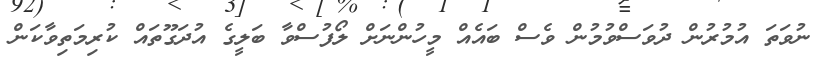
ނުވަތަ އުމުރުން ދުވަސްވުމުން ވެސް ބައެއް މީހުންނަށް ލޯފުސްވާ ބަލީގެ އުދަގޫތައް ކުރިމަތިވާކަން